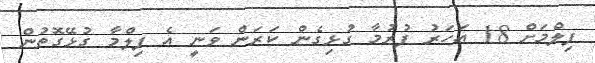
ފިލްމަށް 18 އަހަރު ފުރުމާ ގުޅިގެން ކަރަން ވަނީ އެ ފިލްމާ ގުޅޭގޮތުން